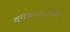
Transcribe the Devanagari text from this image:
वगळल्यानंतर